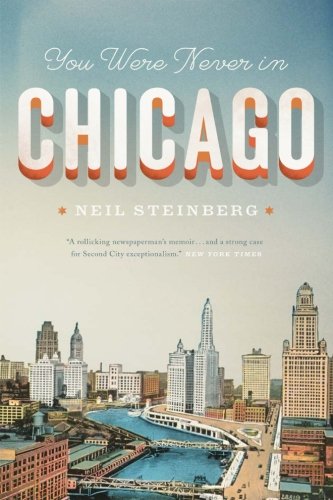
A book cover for You Were Never in Chicago (Chicago Visions and Revisions); Neil Steinberg; Biographies & Memoirs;